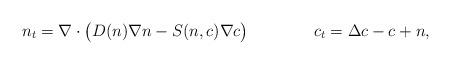
LaTeX: \begin{align*}n_t=\nabla\cdot\big(D(n)\nabla n- S(n,c)\nabla c\big)&& c_t=\Delta c-c+n,\end{align*}